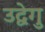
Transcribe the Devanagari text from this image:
उद्वेगु